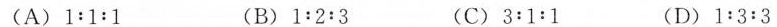
(A)1:1:1 (B)1:2:3 (C)3:1:1 (D)1:3:3